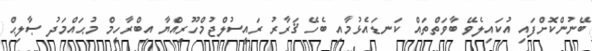
ބޭނުންކޮށްފައި އުކައިލެވޭ ބާވަތްތައް ކަނޑައެޅުމާއި ބެހޭ ޤަރާރު ރައީސުލްޖުމްހޫރިއްޔާ އިބްރާހީމް މުޙައްމަދު ޞާލިޙް